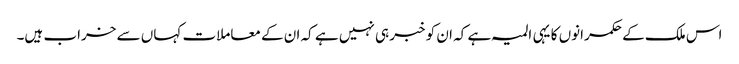
اس ملک کے حکمرانوں کا یہی المیہ ہے کہ ان کو خبر ہی نہیں ہے کہ ان کے معاملات کہاں سے خراب ہیں۔